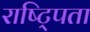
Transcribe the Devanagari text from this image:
राष्ट्पिता